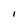
Character: l